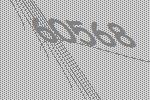
60568